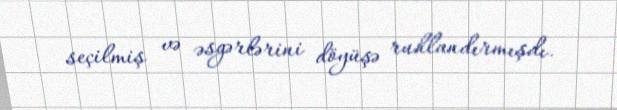
seçilmiş və əsgərlərini döyüşə ruhlandırmışdı.